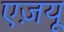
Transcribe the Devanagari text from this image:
एज़यू